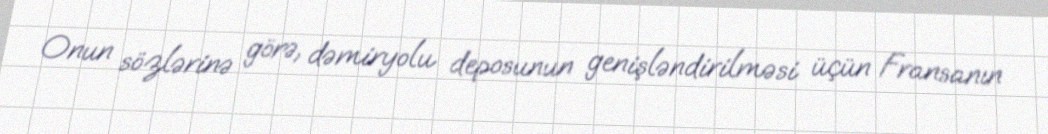
Onun sözlərinə görə, dəmiryolu deposunun genişləndirilməsi üçün Fransanın